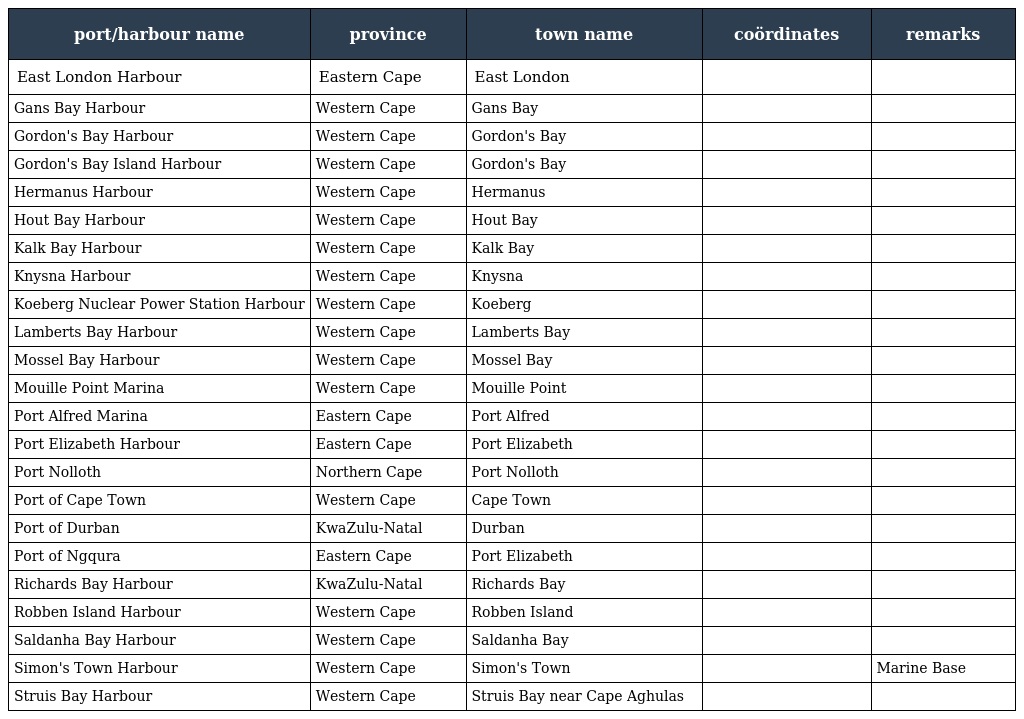
| port/harbour name | province | town name | coördinates | remarks |
 | --- | --- | --- | --- | --- |
 | East London Harbour | Eastern Cape | East London |  |  |
 | Gans Bay Harbour | Western Cape | Gans Bay |  |  |
 | Gordon's Bay Harbour | Western Cape | Gordon's Bay |  |  |
 | Gordon's Bay Island Harbour | Western Cape | Gordon's Bay |  |  |
 | Hermanus Harbour | Western Cape | Hermanus |  |  |
 | Hout Bay Harbour | Western Cape | Hout Bay |  |  |
 | Kalk Bay Harbour | Western Cape | Kalk Bay |  |  |
 | Knysna Harbour | Western Cape | Knysna |  |  |
 | Koeberg Nuclear Power Station Harbour | Western Cape | Koeberg |  |  |
 | Lamberts Bay Harbour | Western Cape | Lamberts Bay |  |  |
 | Mossel Bay Harbour | Western Cape | Mossel Bay |  |  |
 | Mouille Point Marina | Western Cape | Mouille Point |  |  |
 | Port Alfred Marina | Eastern Cape | Port Alfred |  |  |
 | Port Elizabeth Harbour | Eastern Cape | Port Elizabeth |  |  |
 | Port Nolloth | Northern Cape | Port Nolloth |  |  |
 | Port of Cape Town | Western Cape | Cape Town |  |  |
 | Port of Durban | KwaZulu-Natal | Durban |  |  |
 | Port of Ngqura | Eastern Cape | Port Elizabeth |  |  |
 | Richards Bay Harbour | KwaZulu-Natal | Richards Bay |  |  |
 | Robben Island Harbour | Western Cape | Robben Island |  |  |
 | Saldanha Bay Harbour | Western Cape | Saldanha Bay |  |  |
 | Simon's Town Harbour | Western Cape | Simon's Town |  | Marine Base |
 | Struis Bay Harbour | Western Cape | Struis Bay near Cape Aghulas |  |  |